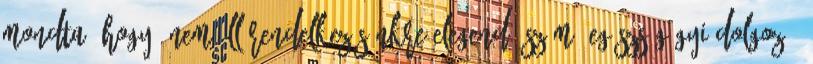
mondta, hogy "nem áll rendelkezésünkre elegendő számú egészségügyi dolgozó,